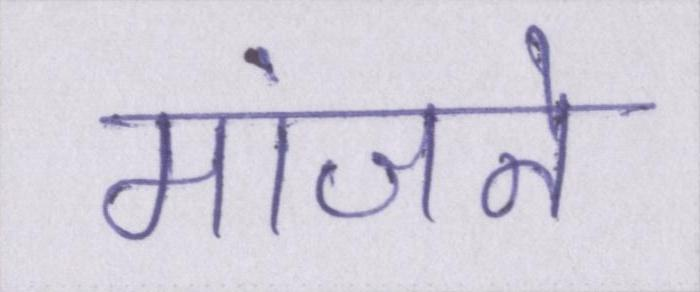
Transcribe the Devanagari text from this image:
मांजने